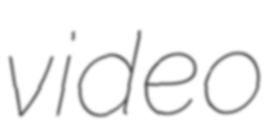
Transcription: video